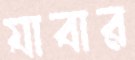
যাবার